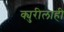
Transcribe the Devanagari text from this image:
क्युरीलाही